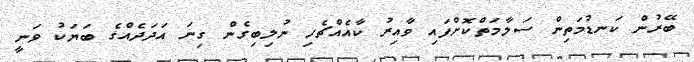
ބޭރުން ކަނޑުމަތިން ސަލާމަތްކޮށްފައި ވާއިރު ކާއެއްޗެހި ނުލިބިގެން ގިނަ އަދަދެއްގެ ބަޔަކު ވަނީ